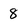
Character: 8